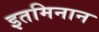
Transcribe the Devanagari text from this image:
इतमिनान